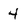
Character: 4